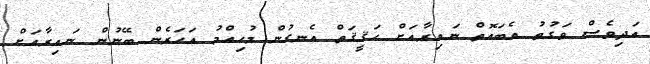
އަދިވެސް ވަގުތު އެބައޮތް ނައިރާއަށް ހަޤީޤަތް އެނގުން މުހިއްމު އަހަރެން ބޭނުން ނައިރާއަށް